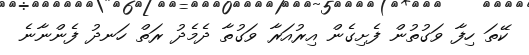
ކޭތަ ހިފާ ވަގުތުން ފެށިގެން އިރުއަރާ ވަގުތާ ދެމެދު ރަތް ހަނދު ފެންނާނެ